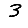
Digit: 3